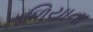
તળિયાના